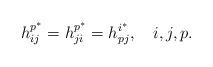
LaTeX: \begin{align*}h^{p^{\ast}}_{ij}=h^{p^{\ast}}_{ji}=h^{i^{\ast}}_{pj}, \ \ \ i, j, p.\end{align*}